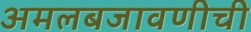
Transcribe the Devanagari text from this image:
अमलबजावणीची